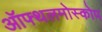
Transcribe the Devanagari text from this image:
ऑफ्थलमोस्कोप